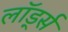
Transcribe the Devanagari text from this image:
लॉर्ड्‍स